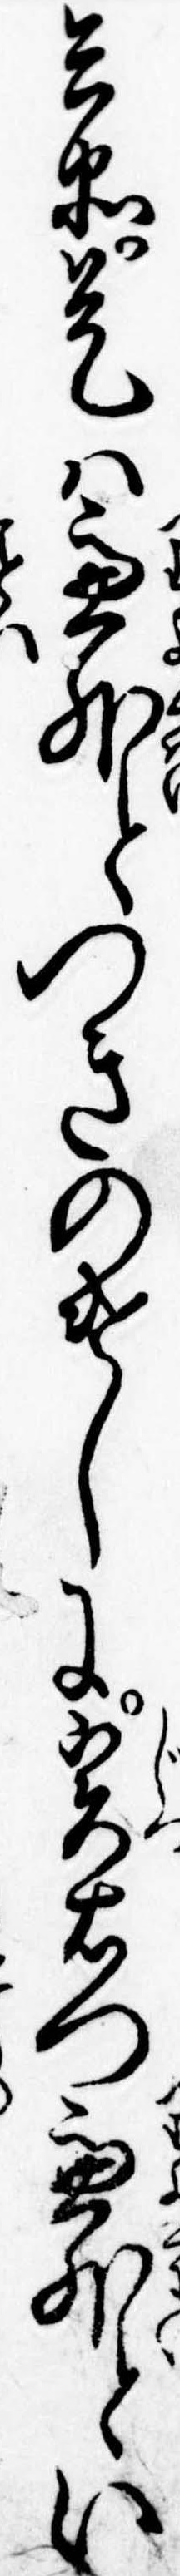
兵衛是は慮外とつきのけしに実右門慮外とい